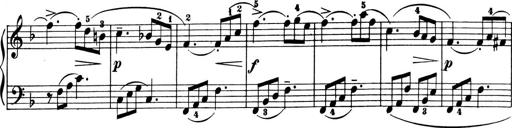
Title: 6 Piano Sonatinas
Composer: Cornelius Gurlitt